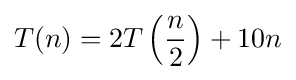
T(n)=2T\left({\frac {n}{2}}\right)+10n